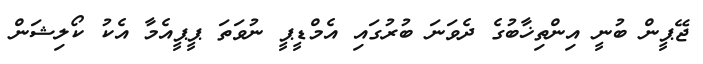
ޖޭޕީން ބުނީ އިންތިޚާބުގެ ދެވަނަ ބުރުގައި އެމްޑީޕީ ނުވަތަ ޕީޕީއެމާ އެކު ކޯލިޝަން